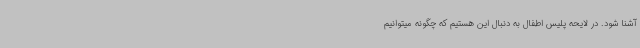
آشنا شود. در لایحه پلیس اطفال به دنبال این هستیم که چگونه میتوانیم